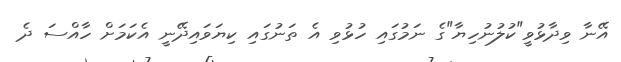
އޭނާ ވިދާޅުވީ"ކުލުނުހިޔާ"ގެ ނަމުގައި ހުޅުވި އެ ތަނުގައި ކިޔަވައިދޭނީ އެކަމަށް ހާއްސަ ދެ